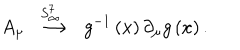
A _ { \mu } \stackrel { \; \; S _ { \infty } ^ { 7 } \quad } { \longrightarrow } g ^ { - 1 } \left( x \right) \partial _ { \mu } g \left( x \right) .